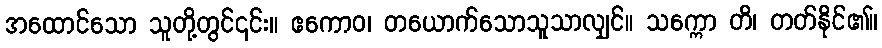
အထောင်သော သူတို့တွင်၎င်း။ ဧကောဝ၊ တယောက်သောသူသာလျှင်။ သက္ကော တိ၊ တတ်နိုင်၏။